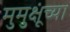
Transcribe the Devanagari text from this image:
मुमुक्षूंच्या